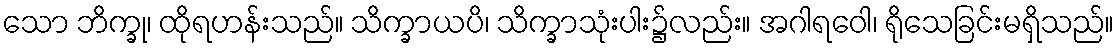
သော ဘိက္ခု၊ ထိုရဟန်းသည်။ သိက္ခာယပိ၊ သိက္ခာသုံးပါး၌လည်း။ အဂါရဝေါ၊ ရိုသေခြင်းမရှိသည်။